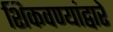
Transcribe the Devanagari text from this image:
शिकवण्यांद्वारे